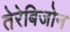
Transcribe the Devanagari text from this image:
तेरेबिजोन